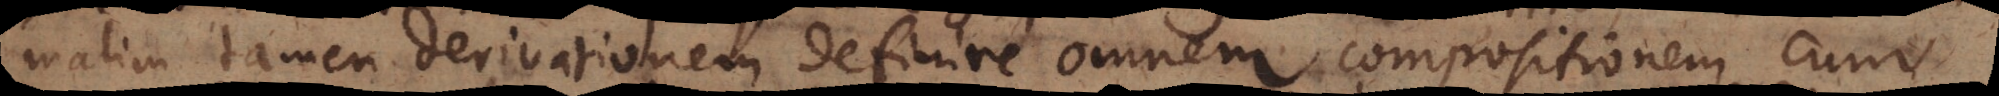
malim tamen Derivationem definire omnem compositionem cum